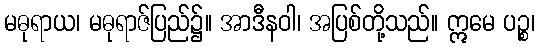
မဓုရာယ၊ မဓုရာဇ်ပြည်၌။ အာဒီနဝါ၊ အပြစ်တို့သည်။ ဣမေ ပဉ္စ၊